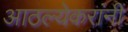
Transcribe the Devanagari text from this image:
आठल्येकरांनी